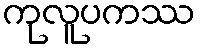
ကုလူပကဿ